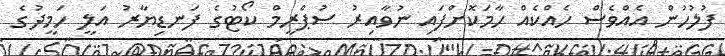
ފުލުހުން އެއްވެސް ހެއްކެއް ހާމަކޮށްފައި ނުވާއިރު ސުޕްރީމް ކޯޓުގެ ފަނޑިޔާރު އަލީ ހަމީދުގެ